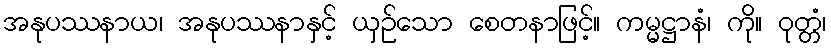
အနုပဿနာယ၊ အနုပဿနာနှင့် ယှဉ်သော စေတနာဖြင့်။ ကမ္မဋ္ဌာနံ၊ ကို။ ဝုတ္တံ၊